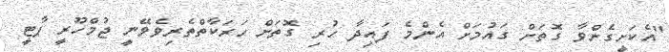
"އެކަށީގެންވާ ގޮތަށް ގައުމަށް އެންމެ ފައިދާ ހުރި ގޮތަށް ހަރަކާތްތެރިވެވޭނީ ޖުމްހޫރީ ޕާޓީ